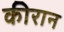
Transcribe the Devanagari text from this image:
कीरान